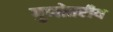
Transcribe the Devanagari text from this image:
गुणोत्तरीय